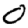
Digit: 0